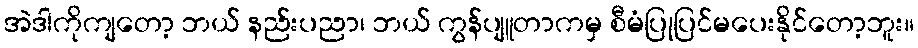
အဲဒါကိုကျတော့ ဘယ် နည်းပညာ၊ ဘယ် ကွန်ပျူတာကမှ စီမံပြုပြင်မပေးနိုင်တော့ဘူး။